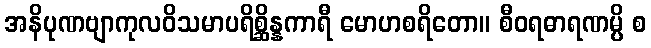
အနိပုဏဗျာကုလဝိသမာပရိစ္ဆိန္နကာရီ မောဟစရိတော။ စီဝရဓာရဏမ္ပိ စ